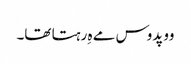
وو پدوس مے ہِ رہتا تھا۔